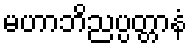
မဟာဘိညပ္ပတ္တာနံ